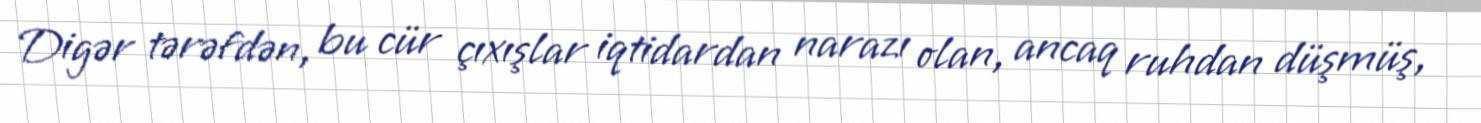
Digər tərəfdən, bu cür çıxışlar iqtidardan narazı olan, ancaq ruhdan düşmüş,